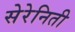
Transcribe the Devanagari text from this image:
सेरेनिती